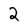
Character: 2